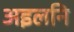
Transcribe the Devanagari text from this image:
अइलनि